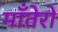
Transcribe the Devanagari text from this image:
माँतेरो